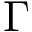
\Gamma